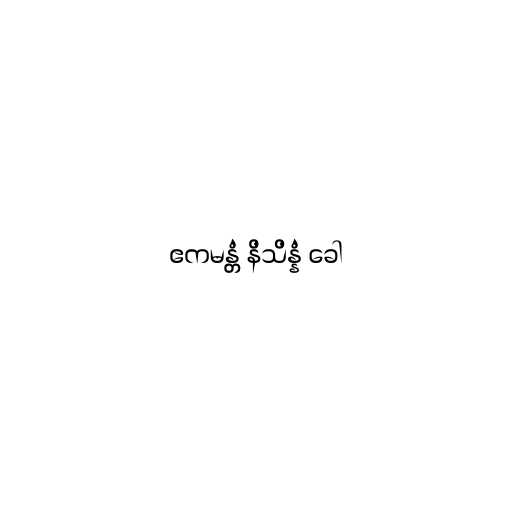
ဧကမန္တံ နိသိန္နံ ခေါ